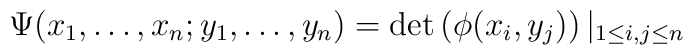
\Psi(x_1,\ldots ,x_n;y_1,\ldots,y_n)=\det\left(\phi(x_i,y_j)\right)|_{1\leq i,j\leq n}